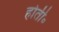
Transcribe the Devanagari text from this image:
होती॰